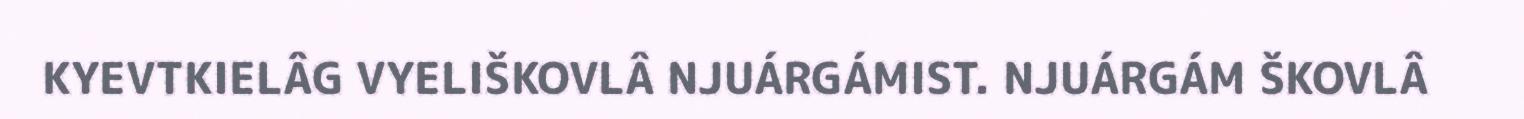
KYEVTKIELÂG VYELIŠKOVLÂ NJUÁRGÁMIST. NJUÁRGÁM ŠKOVLÂ